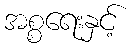
အစ္စရေးနှင့်